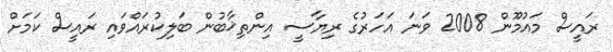
ރައީސް މައުމޫން 2008 ވަނަ އަހަރުގެ ރިޔާސީ އިންތިޚާބުން ބަލިކުރައްވައި ރައީސް ކަމަށް